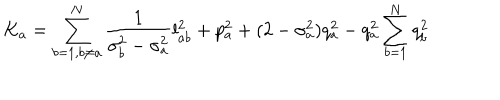
LaTeX: K _ { a } = \sum _ { b = 1 , b \neq a } ^ { N } \frac { 1 } { \sigma _ { b } ^ { 2 } - \sigma _ { a } ^ { 2 } } l _ { a b } ^ { 2 } + p _ { a } ^ { 2 } + ( 2 - \sigma _ { a } ^ { 2 } ) q _ { a } ^ { 2 } - q _ { a } ^ { 2 } \sum _ { b = 1 } ^ { N } q _ { b } ^ { 2 }